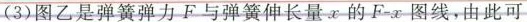
(3)图乙是弹簧弹力F与弹簧伸长量x的F-x图线，由此可